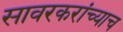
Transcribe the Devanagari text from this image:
सावरकरांच्याच